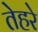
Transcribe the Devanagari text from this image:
तेहरे